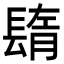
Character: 𨲕